Report on the working of the Ranchi Indian Mental Hospital, Kanke, in Bihar and Orissa - 1930-1940
Year: 1930
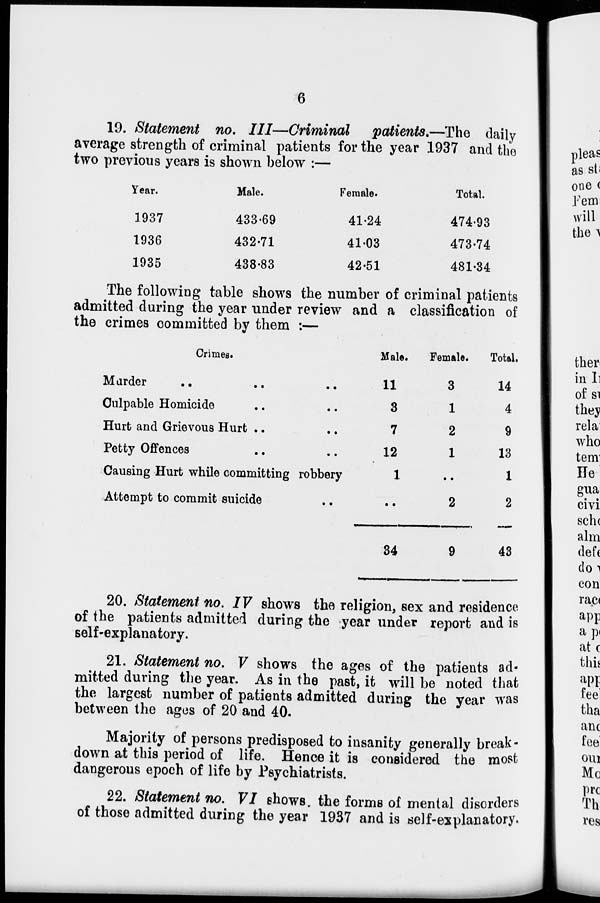
6
19. Statement no. III—Criminal
patients.—The daily
average strength of criminal patients for the year 1937 and the
two previous years is shown below :—
Year.
1937
1936
1935
Male.
433.69
432.71
438.83
Female.
41.24
41.03
42.51
Total.
474.93
473.74
481.34
The following table shows the number of criminal patients
admitted during the year under review and a classification of
the crimes committed by them :—
Crimes.
Marder .. .. ..
Culpable Homicide .. ..
Hurt and Grievous Hurt .. ..
Petty Offences .. ..
Causing Hurt while committing robbery
Attempt to commit suicide ..
Male.
11
3
7
12
1
..
34
Female.
3
1
2
1
..
2
9
Total.
14
4
9
13
1
2
43
20. Statement no. IV shows the religion, sex and residence
of the patients admitted during the year under report and is
self-explanatory.
21. Statement no. V shows the ages of the patients ad-
mitted during the year. As in the past, it will be noted that
the largest number of patients admitted during the year was
between the ages of 20 and 40.
Majority of persons predisposed to insanity generally break-
down at this period of life. Hence it is considered the most
dangerous epoch of life by Psychiatrists.
22. Statement no. VI shows, the forms of mental disorders
of those admitted during the year 1937 and is self-explanatory.